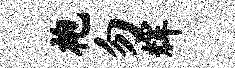
袍勿辉